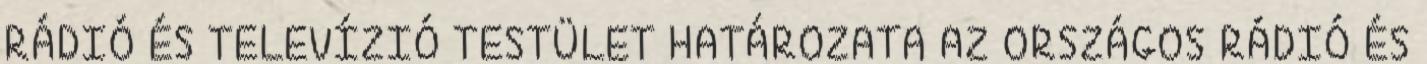
RÁDIÓ ÉS TELEVÍZIÓ TESTÜLET HATÁROZATA AZ ORSZÁGOS RÁDIÓ ÉS